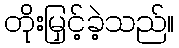
တိုးမြှင့်ခဲ့သည်။